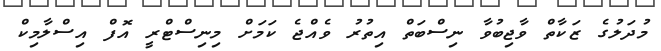
މުދަލުގެ ޒަކާތް ވާޖިބުވާ ނިސްބަތް އިތުރު ވެއްޖެ ކަމަށް މިނިސްޓްރީ އޮފް އިސްލާމިކް